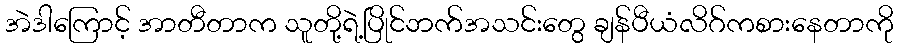
အဲဒါကြောင့် အာတီတာက သူတို့ရဲ့ပြိုင်ဘက်အသင်းတွေ ချန်ပီယံလိဂ်ကစားနေတာကို